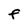
Character: F